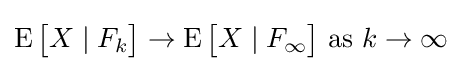
\operatorname {E} {\big [}X\mid F_{k}{\big ]}\to \operatorname {E} {\big [}X\mid F_{\infty }{\big ]}{\text{ as }}k\to \infty